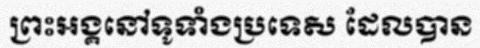
ព្រះអង្គនៅទូទាំងប្រទេស ដែលបាន